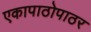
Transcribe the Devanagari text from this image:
एकापाठोपाठर